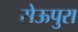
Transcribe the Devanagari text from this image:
सेऊपुरा